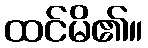
ထင်မိ၏။